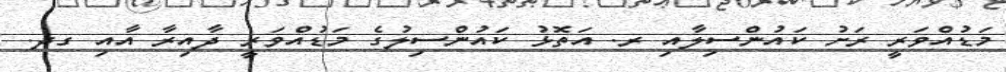
މަޑުއްވަރީ ރަށު ކައުންސިލާއި ރ. އަތޮޅު ކައުންސިލުގެ މަޑުއްވަރީ ދާއިރާ އާއި ގދ.